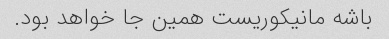
باشه مانیکوریست همین جا خواهد بود.